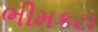
ભીમકટા